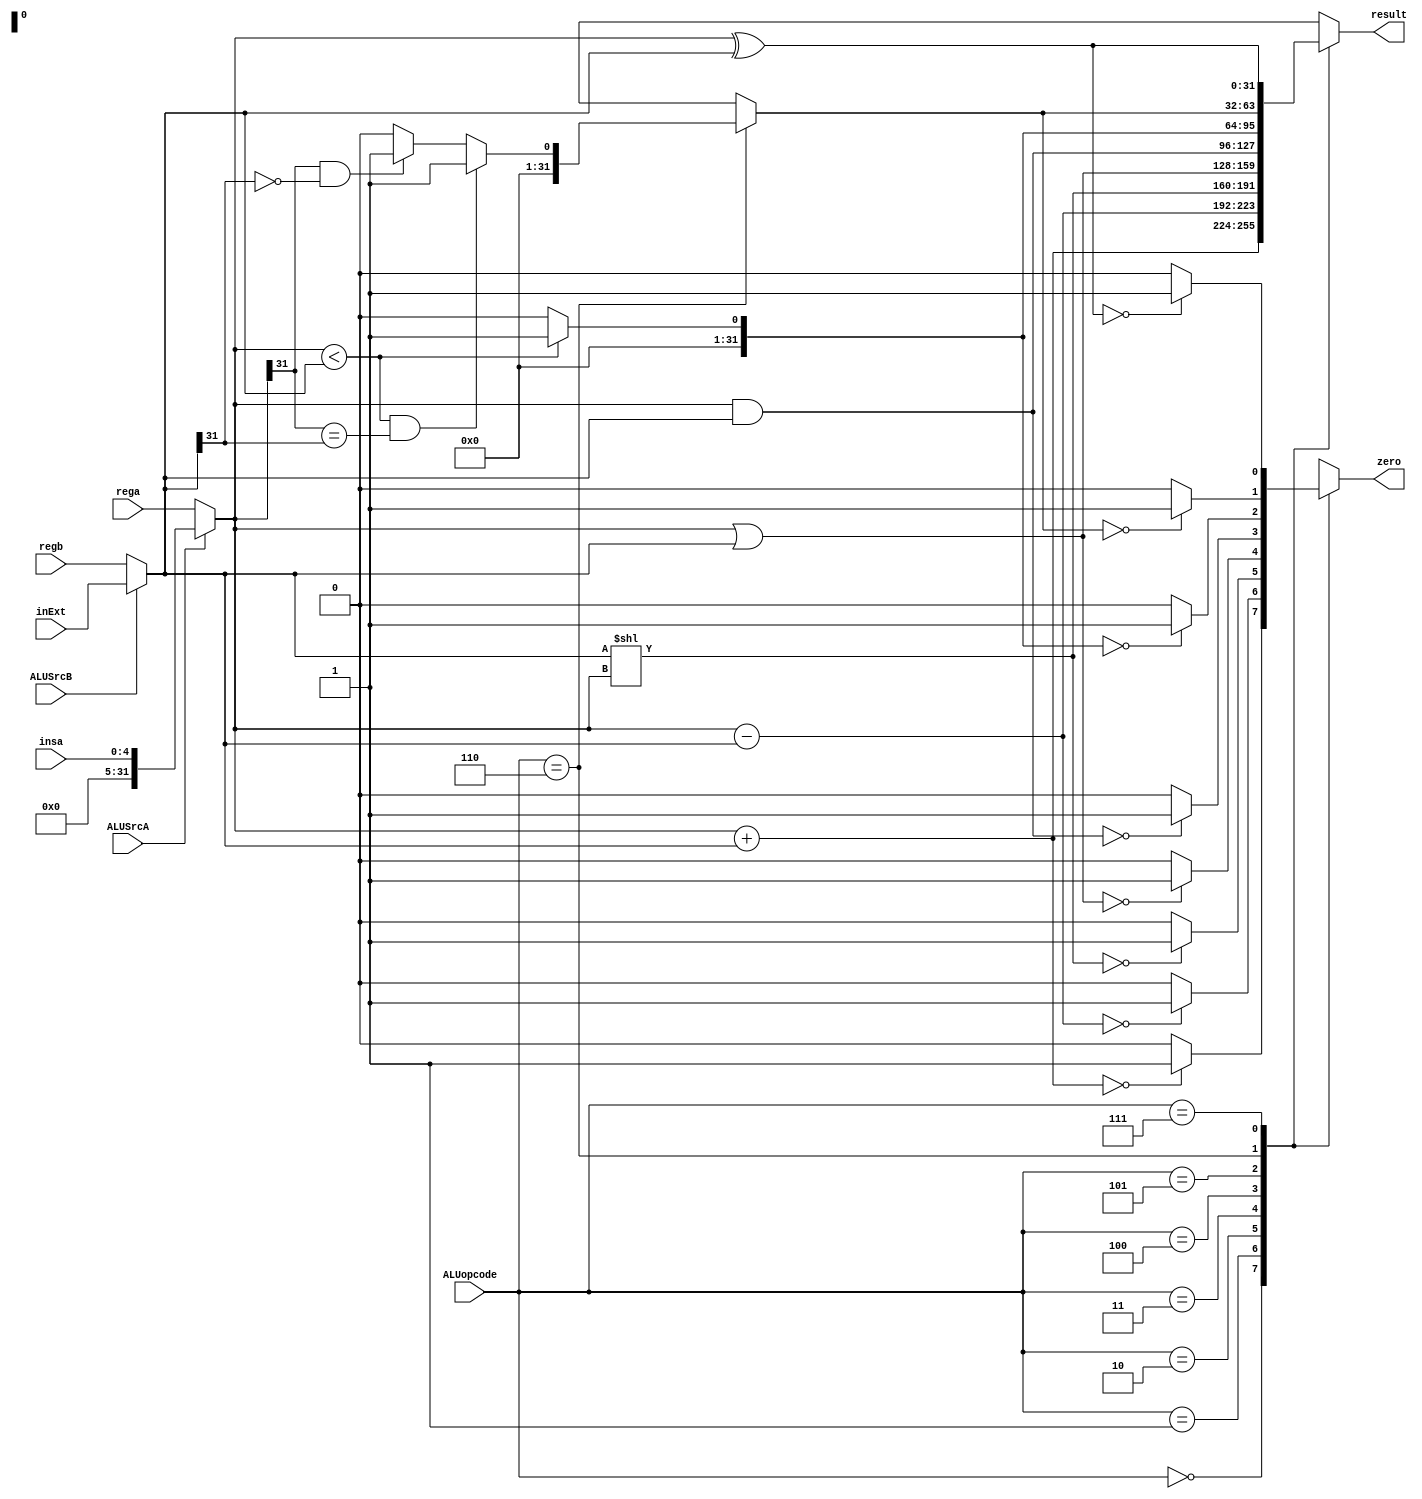
`timescale 1ns / 1ps
//////////////////////////////////////////////////////////////////////////////////
// Company: 
// Engineer: 
// 
// Design Name: 
// Module Name: ALU
// Project Name: 
// Target Devices: 
// Tool Versions: 
// Description: 
// 
// Dependencies: 
// 
// Revision:
// Revision 0.01 - File Created
// Additional Comments:
// 
//////////////////////////////////////////////////////////////////////////////////


module ALU(
    input [2:0] ALUopcode, 
    input [31:0] rega, 
    input [31:0] regb,
    input [31:0] inExt,
    input [4:0] insa,
    input ALUSrcA, 
    input ALUSrcB, 
    output reg [31:0] result, 
    output reg zero 
    );
    
    wire [31:0] A;
    wire [31:0] B;
    
    assign A = (ALUSrcA == 1) ? insa : rega;
    assign B = (ALUSrcB == 1) ? inExt : regb;
     
    always @( ALUopcode or rega or regb or ALUSrcA or ALUSrcB or A or B or inExt or insa) begin 
        case (ALUopcode) 
            3'b000 : begin
                         result = A + B;
                         zero = (result == 0) ? 1 : 0;
                     end          
            3'b001 : begin
                         result = A - B;
                         zero = (result == 0) ? 1 : 0;
                     end
            3'b010 : begin
                         result = B << A;
                         zero = (result == 0) ? 1 : 0;
                     end
            3'b011 : begin
                         result = A | B;
                         zero = (result == 0) ? 1 : 0;
                     end 
            3'b100 : begin
                         result = A & B;
                         zero = (result == 0) ? 1 : 0;
                     end 
            3'b101 : begin
                         result = (A < B) ? 1 : 0;
                         zero = (result == 0) ? 1 : 0;
                     end
            3'b110 : begin
                         if(A < B && (A[31] == B[31]))
                             result = 1; 
                         else if (A[31] == 1 && B[31] == 0) 
                             result = 1; 
                         else result = 0; 
                         zero = (result == 0) ? 1 : 0;
                     end 
            3'b111 : begin
                         result = A ^ B;
                         zero = (result == 0) ? 1 : 0;
                     end
            default : begin 
                          result = 32'h00000000; 
                          $display (" no match"); 
                      end 
       endcase 
   end
endmodule